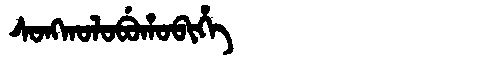
Manchu: ᠰᠣᠩᡴᠣᠯᠣᠪᡠᡥᠣᠪᡳᡥᡝ
Romanization: SONGKOLOBUHOBIHE